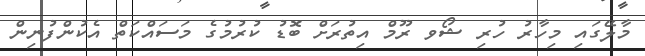
މާލޭގައި މިހާރު ހުރި ޝޯވ ރޫމް އިތުރަށް ބޮޑު ކުރުމުގެ މަސައްކަތް އެކުންފުނިން